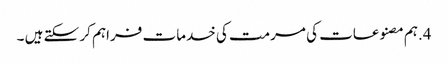
4.ہم مصنوعات کی مرمت کی خدمات فراہم کر سکتے ہیں ۔